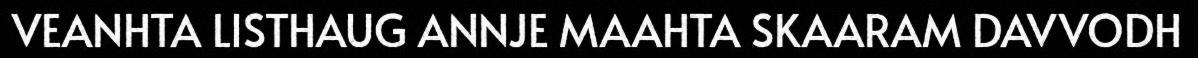
VEANHTA LISTHAUG ANNJE MAAHTA SKAARAM DAVVODH